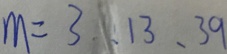
m = 3 , 1 3 , 3 9